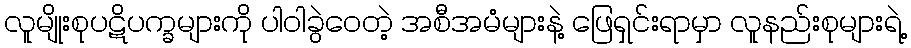
လူမျိုးစုပဋိပက္ခများကို ပါဝါခွဲဝေတဲ့ အစီအမံများနဲ့ ဖြေရှင်းရာမှာ လူနည်းစုများရဲ့